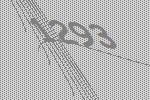
1293